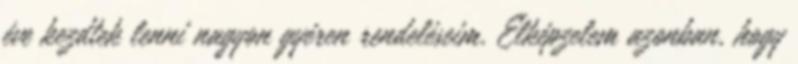
éve kezdtek lenni nagyon gyéren rendeléseim. Elképzelem azonban, hogy